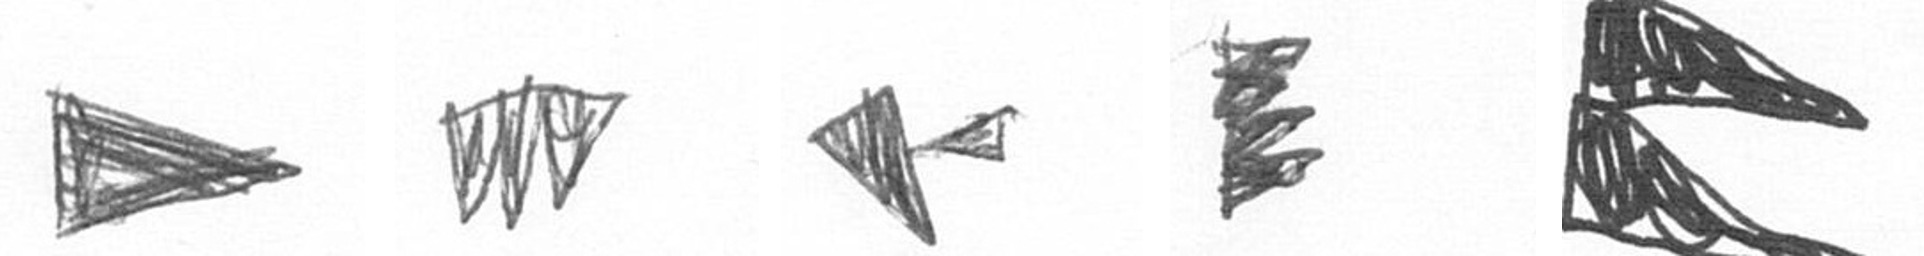
T L F H P